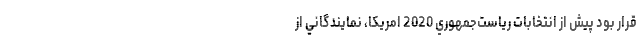
قرار بود پيش از انتخابات رياست‌جمهوري 2020 امريكا، نمايندگاني از